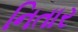
નિતાર